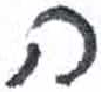
אות: ה